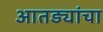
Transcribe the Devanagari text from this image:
आतड्यांचा